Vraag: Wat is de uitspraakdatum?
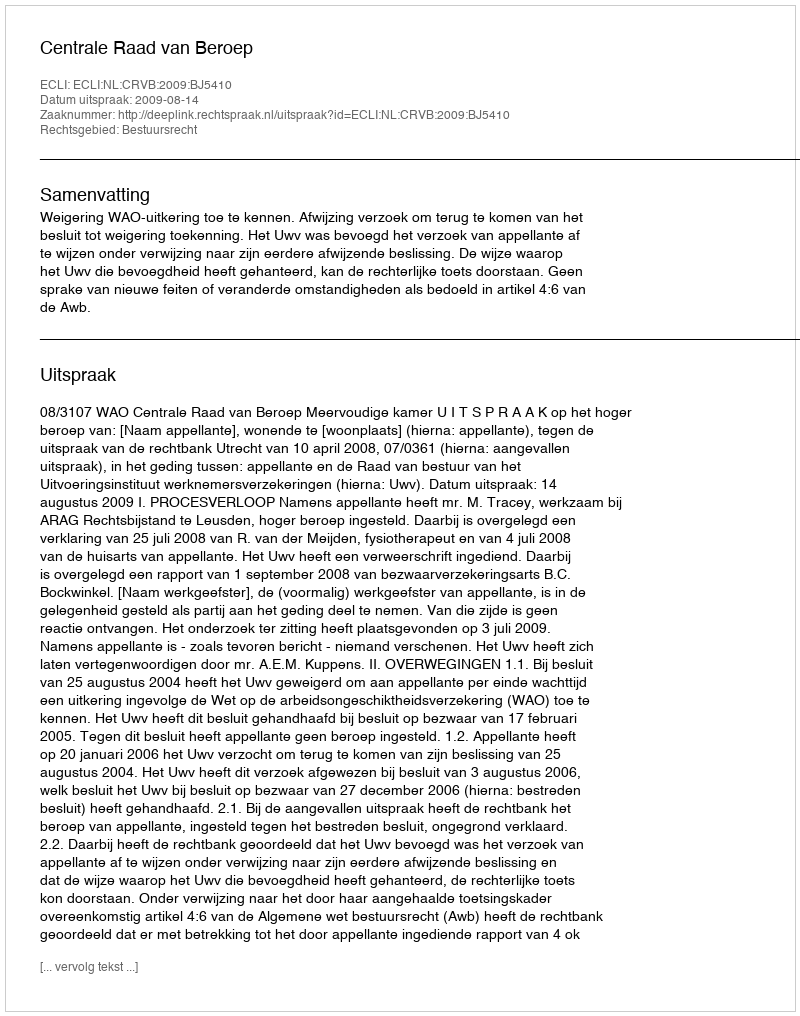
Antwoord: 2009-08-14